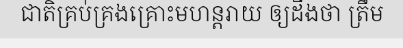
ជាតិគ្រប់គ្រងគ្រោះមហន្តរាយ ឲ្យដឹងថា ត្រឹម